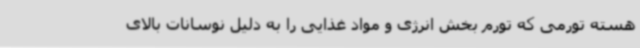
هسته تورمی که تورم بخش انرژی و مواد غذایی را به دلیل نوسانات بالای